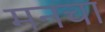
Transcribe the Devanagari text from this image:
मनचा